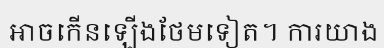
អាចកើនឡើងថែមទៀត។ ការយាង